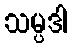
သမ္ပဒါ